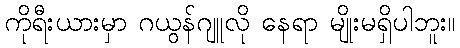
ကိုရီးယားမှာ ဂယွန်ဂျူလို နေရာ မျိုးမရှိပါဘူး။